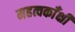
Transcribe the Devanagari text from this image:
महत्वकाँक्षी